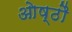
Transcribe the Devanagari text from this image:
ओष्ठौ